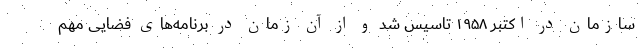
سازمان در اکتبر ۱۹۵۸ تاسیس شد و از آن زمان در برنامه‌های فضایی مهم